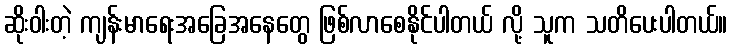
ဆိုးဝါးတဲ့ ကျန်းမာရေးအခြေအနေတွေ ဖြစ်လာစေနိုင်ပါတယ် လို့ သူက သတိပေးပါတယ်။